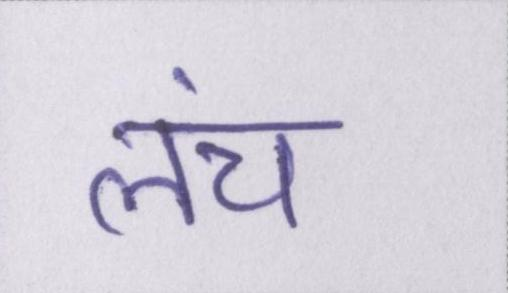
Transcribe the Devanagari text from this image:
लंच